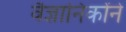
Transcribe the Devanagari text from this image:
वैज्ञानिकोंने